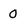
Character: 0